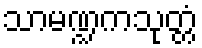
သာမဏ္ဍကသုတ္တံ